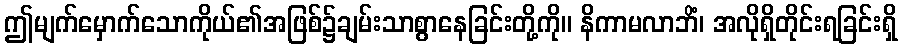
ဤမျက်မှောက်သောကိုယ်၏အဖြစ်၌ချမ်းသာစွာနေခြင်းတို့ကို။ နိကာမလာဘိံ၊ အလိုရှိတိုင်းရခြင်းရှိ